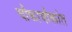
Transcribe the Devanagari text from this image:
चौकाचौकांत